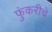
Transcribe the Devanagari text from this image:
फुंकरीचे